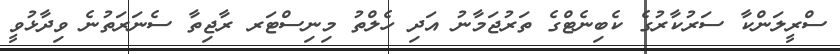
ސްރީލަންކާ ސަރުކާރުގެ ކެބިނެޓްގެ ތަރުޖަމާނު އަދި ހެލްތު މިނިސްޓަރ ރާޖިތާ ސެނަރަތުނެ ވިދާޅުވީ